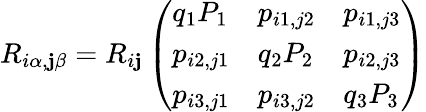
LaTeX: R_{i\alpha,\mathbf{j}\beta}=R_{i\mathbf{j}}\left(\begin{array}{lll}{q_{1}P_{1}}&{p_{i1,j2}}&{p_{i1,j3}}\\ {p_{i2,j1}}&{q_{2}P_{2}}&{p_{i2,j3}}\\ {p_{i3,j1}}&{p_{i3,j2}}&{q_{3}P_{3}}\end{array}\right)